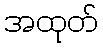
အထုတ်